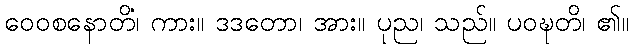
ဝေဝစနောတိ၊ ကား။ ဒဒတော၊ အား။ ပုညံ၊ သည်။ ပဝဍ္ဎတိ၊ ၏။